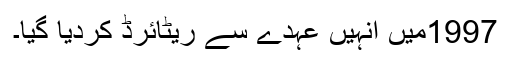
1997میں انہیں عہدے سے ریٹائرڈ کردیا گیا۔